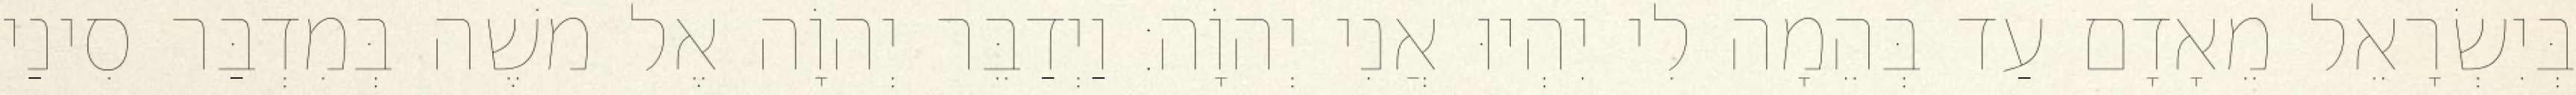
בְּיִשְׂרָאֵל מֵאָדָם עַד בְּהֵמָה לִי יִהְיוּ אֲנִי יְהוָֹה׃ וַיְדַבֵּר יְהוָֹה אֶל משֶׁה בְּמִדְבַּר סִינַי